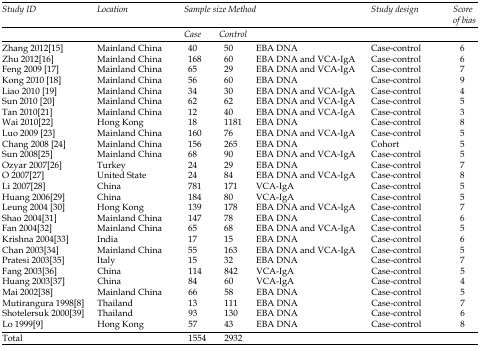
<table><thead><tr><td rowspan="2"><b><i>Study ID</i></b></td><td rowspan="2"><b><i>Location</i></b></td><td colspan="2"><b><i>Sample size</i></b></td><td rowspan="2"><b><i>Method</i></b></td><td rowspan="2"><b><i>Study design</i></b></td><td rowspan="2"><b><i>Score of bias</i></b></td></tr><tr><td><b><i>Case</i></b></td><td><b><i>Control</i></b></td></tr></thead><tbody><tr><td>Zhang 2012[15]</td><td>Mainland China</td><td>40</td><td>50</td><td>EBA DNA</td><td>Case-control</td><td>6</td></tr><tr><td>Zhu 2012[16]</td><td>Mainland China</td><td>168</td><td>60</td><td>EBA DNA and VCA-IgA</td><td>Case-control</td><td>6</td></tr><tr><td>Feng 2009 [17]</td><td>Mainland China</td><td>65</td><td>29</td><td>EBA DNA and VCA-IgA</td><td>Case-control</td><td>7</td></tr><tr><td>Kong 2010 [18]</td><td>Mainland China</td><td>56</td><td>60</td><td>EBA DNA</td><td>Case-control</td><td>9</td></tr><tr><td>Liao 2010 [19]</td><td>Mainland China</td><td>34</td><td>30</td><td>EBA DNA and VCA-IgA</td><td>Case-control</td><td>4</td></tr><tr><td>Sun 2010 [20]</td><td>Mainland China</td><td>62</td><td>62</td><td>EBA DNA and VCA-IgA</td><td>Case-control</td><td>5</td></tr><tr><td>Tan 2010[21]</td><td>Mainland China</td><td>12</td><td>40</td><td>EBA DNA and VCA-IgA</td><td>Case-control</td><td>3</td></tr><tr><td>Wai 2010[22]</td><td>Hong Kong</td><td>18</td><td>1181</td><td>EBA DNA</td><td>Case-control</td><td>8</td></tr><tr><td>Luo 2009 [23]</td><td>Mainland China</td><td>160</td><td>76</td><td>EBA DNA and VCA-IgA</td><td>Case-control</td><td>5</td></tr><tr><td>Chang 2008 [24]</td><td>Mainland China</td><td>156</td><td>265</td><td>EBA DNA</td><td>Cohort</td><td>5</td></tr><tr><td>Sun 2008[25]</td><td>Mainland China</td><td>68</td><td>90</td><td>EBA DNA and VCA-IgA</td><td>Case-control</td><td>5</td></tr><tr><td>Ozyar 2007[26]</td><td>Turkey</td><td>24</td><td>29</td><td>EBA DNA</td><td>Case-control</td><td>7</td></tr><tr><td>O 2007[27]</td><td>United State</td><td>24</td><td>84</td><td>EBA DNA and VCA-IgA</td><td>Case-control</td><td>8</td></tr><tr><td>Li 2007[28]</td><td>China</td><td>781</td><td>171</td><td>VCA-IgA</td><td>Case-control</td><td>5</td></tr><tr><td>Huang 2006[29]</td><td>China</td><td>184</td><td>80</td><td>VCA-IgA</td><td>Case-control</td><td>5</td></tr><tr><td>Leung 2004 [30]</td><td>Hong Kong</td><td>139</td><td>178</td><td>EBA DNA and VCA-IgA</td><td>Case-control</td><td>7</td></tr><tr><td>Shao 2004[31]</td><td>Mainland China</td><td>147</td><td>78</td><td>EBA DNA </td><td>Case-control</td><td>6</td></tr><tr><td>Fan 2004[32]</td><td>Mainland China</td><td>65</td><td>68</td><td>EBA DNA and VCA-IgA</td><td>Case-control</td><td>5</td></tr><tr><td>Krishna 2004[33]</td><td>India</td><td>17</td><td>15</td><td>EBA DNA</td><td>Case-control</td><td>6</td></tr><tr><td>Chan 2003[34]</td><td>Mainland China</td><td>55</td><td>163</td><td>EBA DNA and VCA-IgA</td><td>Case-control</td><td>5</td></tr><tr><td>Pratesi 2003[35]</td><td>Italy</td><td>15</td><td>32</td><td>EBA DNA</td><td>Case-control</td><td>7</td></tr><tr><td>Fang 2003[36]</td><td>China</td><td>114</td><td>842</td><td>VCA-IgA</td><td>Case-control</td><td>5</td></tr><tr><td>Huang 2003[37]</td><td>China</td><td>84</td><td>60</td><td>VCA-IgA</td><td>Case-control</td><td>4</td></tr><tr><td>Mai 2002[38]</td><td>Mainland China</td><td>66</td><td>58</td><td>EBA DNA</td><td>Case-control</td><td>5</td></tr><tr><td>Mutirangura 1998[8]</td><td>Thailand</td><td>13</td><td>111</td><td>EBA DNA</td><td>Case-control</td><td>7</td></tr><tr><td>Shotelersuk 2000[39]</td><td>Thailand</td><td>93</td><td>130</td><td>EBA DNA</td><td>Case-control</td><td>6</td></tr><tr><td>Lo 1999[9]</td><td>Hong Kong</td><td>57</td><td>43</td><td>EBA DNA</td><td>Case-control</td><td>8</td></tr><tr><td>Total</td><td></td><td>1554</td><td>2932</td><td></td><td></td><td></td></tr></tbody></table>